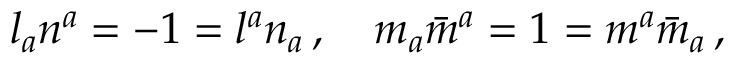
l _ { a } n ^ { a } = - 1 = l ^ { a } n _ { a } \, , \quad m _ { a } { \bar { m } } ^ { a } = 1 = m ^ { a } { \bar { m } } _ { a } \, ,